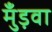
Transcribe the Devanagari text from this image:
मुँड़वा